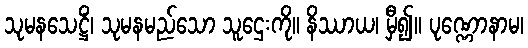
သုမနသေဋ္ဌိံ၊ သုမနမည်သော သူဌေးကို။ နိဿာယ၊ မှီ၍။ ပုဏ္ဏောနာမ၊